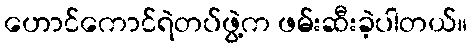
ဟောင်ကောင်ရဲတပ်ဖွဲ့က ဖမ်းဆီးခဲ့ပါတယ်။